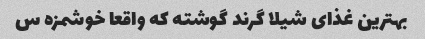
بهترین غذای شیلا گرند گوشته که واقعا خوشمزه س